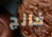
فانج